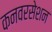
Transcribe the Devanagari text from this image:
कनवरसेशन